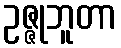
ဥဇ္ဇုဘူတာ